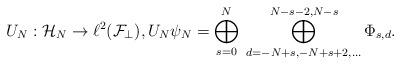
LaTeX: \begin{align*}U_N:\mathcal{H}_N \to \ell^2(\mathcal{F}_\perp),U_N \psi_N=\bigoplus_{s=0}^N \;\bigoplus_{d=-N+s,-N+s+2,\dots}^{N-s-2,N-s} \Phi_{s,d}.\end{align*}